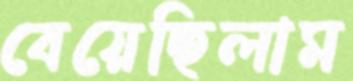
বেয়েছিলাম